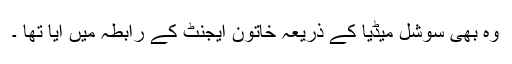
وہ بھی سوشل میڈیا کے ذریعہ خاتون ایجنٹ کے رابطہ میں آیا تھا ۔